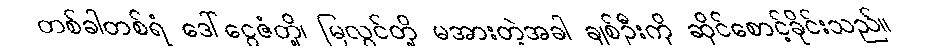
တစ်ခါတစ်ရံ ဒေါ်ငွေဇံတို့၊ မြလွင်တို့ မအားတဲ့အခါ ချစ်ဦးကို ဆိုင်စောင့်ခိုင်းသည်။